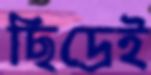
ছিদ্রেই